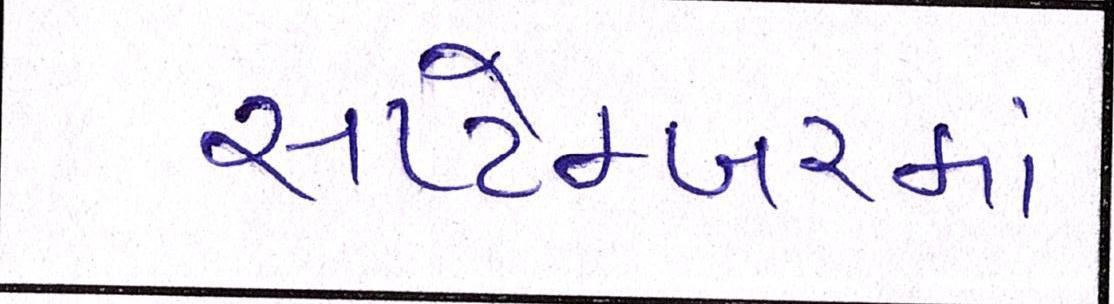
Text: સપ્ટેમ્બરમાં